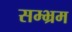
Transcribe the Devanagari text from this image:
सम्‍भ्रम